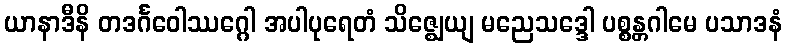
ယာနာဒီနိ တဒင်္ဂဝေါဿဂ္ဂေါ အပါပုရေတံ သိဇ္ဈေယျ မညေသဒ္ဒေါ ပစ္စန္တဂါမေ ပသာဒနံ